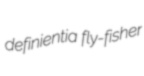
definientia fly-fisher